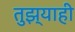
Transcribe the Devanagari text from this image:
तुझ्याही